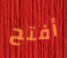
أفتح